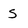
Character: 5